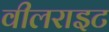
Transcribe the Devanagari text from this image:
वीलराइट